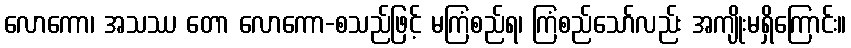
လောကော၊ အသဿ တော လောကော-စသည်ဖြင့် မကြံစည်ရ၊ ကြံစည်သော်လည်း အကျိုးမရှိကြောင်း။